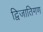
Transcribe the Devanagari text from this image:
द्विजातिगण